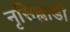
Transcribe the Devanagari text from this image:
नृसिह्वाडी